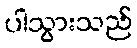
ပါသွားသည်